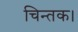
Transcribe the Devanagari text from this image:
चिन्तक।